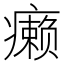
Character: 癞